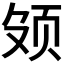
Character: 𬱕